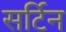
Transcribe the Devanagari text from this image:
सर्टिन